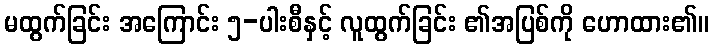
မထွက်ခြင်း အကြောင်း ၅-ပါးစီနှင့် လူထွက်ခြင်း ၏အပြစ်ကို ဟောထား၏။